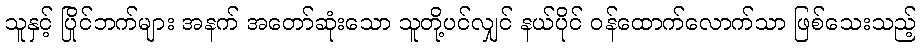
သူနှင့် ပြိုင်ဘက်များ အနက် အတော်ဆုံးသော သူတို့ပင်လျှင် နယ်ပိုင် ဝန်ထောက်လောက်သာ ဖြစ်သေးသည့်